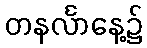
တနင်္လာနေ့၌